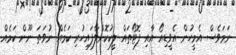
ނަމަވެސް އެމީހުން އެވީޑިއޯ އާއި ފޮޓޯތައް ލީކުކޮށްލާފައިހުރި ކަމެއް ނުވަތަ ނޫން ކަމެއް